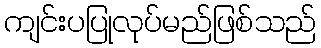
ကျင်းပပြုလုပ်မည်ဖြစ်သည်